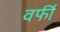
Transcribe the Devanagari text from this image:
वर्फी